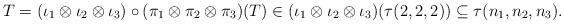
LaTeX: \begin{align*} T = (\iota_1 \otimes \iota_2 \otimes \iota_3) \circ (\pi_1 \otimes \pi_2 \otimes \pi_3) (T) \in (\iota_1 \otimes \iota_2 \otimes \iota_3) (\tau(2,2,2)) \subseteq \tau(n_1,n_2,n_3). \end{align*}